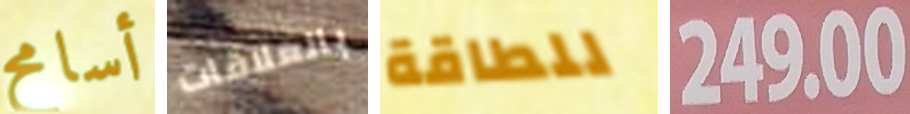
أسامح بالعلاقات للطاقة 249.00